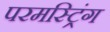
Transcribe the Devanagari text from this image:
परमस्ट्रिंग